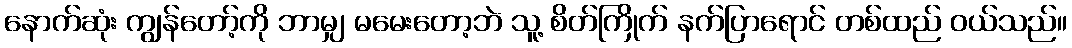
နောက်ဆုံး ကျွန်တော့်ကို ဘာမျှ မမေးတော့ဘဲ သူ့ စိတ်ကြိုက် နက်ပြာရောင် တစ်ထည် ဝယ်သည်။